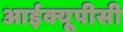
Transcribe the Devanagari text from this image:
आईक्यूपीसी